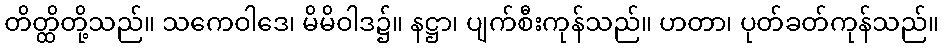
တိတ္ထိတို့သည်။ သကေဝါဒေ၊ မိမိဝါဒ၌။ နဋ္ဌာ၊ ပျက်စီးကုန်သည်။ ဟတာ၊ ပုတ်ခတ်ကုန်သည်။